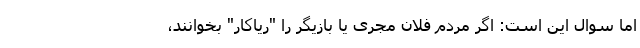
اما سوال این است: اگر مردم فلان مجری یا بازیگر را "ریاکار" بخوانند،